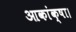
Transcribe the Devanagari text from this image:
आकांक्षा।